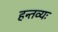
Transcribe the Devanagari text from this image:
हन्तव्यः